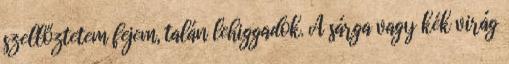
szellőztetem fejem, talán lehiggadok. A sárga vagy kék virág